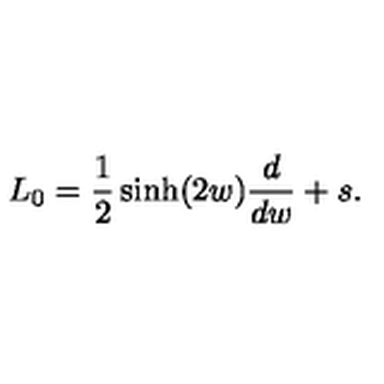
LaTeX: L _ { 0 } = \frac { 1 } { 2 } \sinh ( 2 w ) \frac { d } { d w } + s .